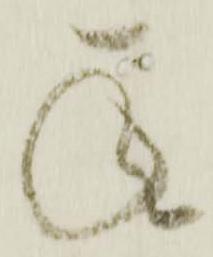
承